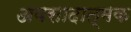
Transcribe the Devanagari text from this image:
अवसादात्मक